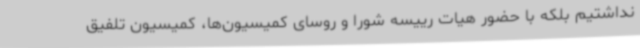
نداشتیم بلکه با حضور هیات رییسه شورا و روسای کمیسیون‌ها، کمیسیون تلفیق